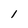
Character: l